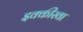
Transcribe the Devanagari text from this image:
इक्कीस्वा